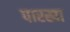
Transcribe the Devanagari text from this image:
पारखा